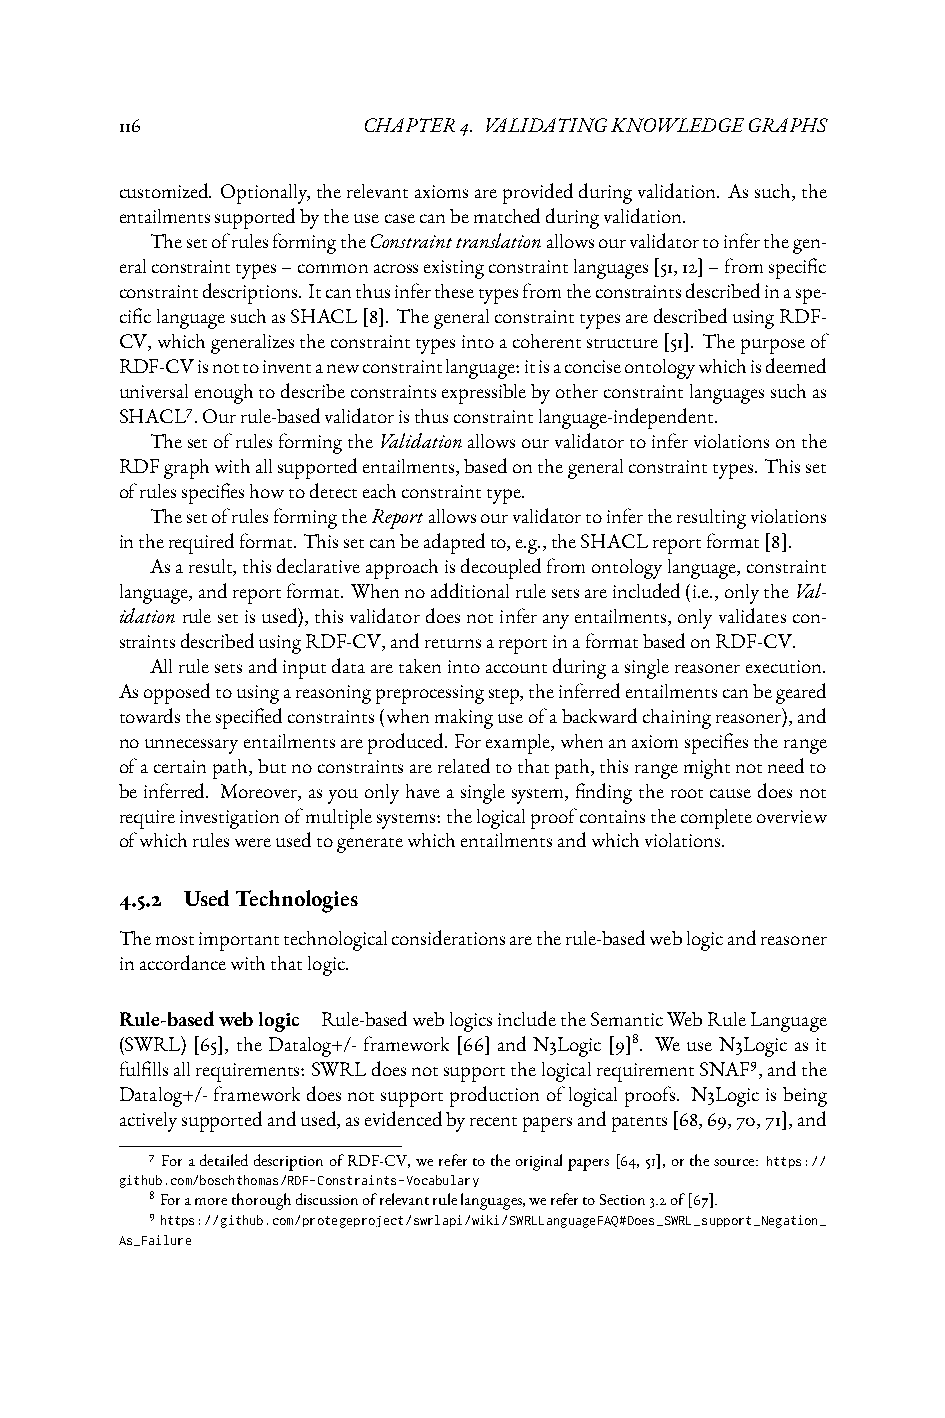
116             CHAPTER4. VALIDATINGKNOWLEDGEGRAPHS
 customized. Optionally,therelevantaxiomsareprovidedduringvalidation. Assuch,the
 entailmentssupportedbytheusecasecanbematchedduringvalidation.
 ThesetofrulesformingtheConstrainttranslationallowsourvalidatortoinferthegen-
 eralconstrainttypes–commonacrossexistingconstraintlanguages[51,12]–fromspecific
 constraintdescriptions.Itcanthusinferthesetypesfromtheconstraintsdescribedinaspe-
 cificlanguagesuchasSHACL[8].ThegeneralconstrainttypesaredescribedusingRDF-
 CV,whichgeneralizestheconstrainttypesintoacoherentstructure[51]. Thepurposeof
 RDF-CVisnottoinventanewconstraintlanguage:itisaconciseontologywhichisdeemed
 universalenoughtodescribeconstraintsexpressiblebyotherconstraintlanguagessuchas
 SHACL7.Ourrule-basedvalidatoristhusconstraintlanguage-independent.
 ThesetofrulesformingtheValidationallowsourvalidatortoinferviolationsonthe
 RDFgraphwithallsupportedentailments,basedonthegeneralconstrainttypes.Thisset
 ofrulesspecifieshowtodetecteachconstrainttype.
 ThesetofrulesformingtheReportallowsourvalidatortoinfertheresultingviolations
 intherequiredformat.Thissetcanbeadaptedto,e.g.,theSHACLreportformat[8].
 Asaresult,thisdeclarativeapproachisdecoupledfromontologylanguage,constraint
 language,andreportformat.Whennoadditionalrulesetsareincluded(i.e.,onlytheVal-
 idationrulesetisused),thisvalidatordoesnotinferanyentailments,onlyvalidatescon-
 straintsdescribedusingRDF-CV,andreturnsareportinaformatbasedonRDF-CV.
 Allrulesetsandinputdataaretakenintoaccountduringasinglereasonerexecution.
 Asopposedtousingareasoningpreprocessingstep,theinferredentailmentscanbegeared
 towardsthespecifiedconstraints(whenmakinguseofabackwardchainingreasoner),and
 nounnecessaryentailmentsareproduced.Forexample,whenanaxiomspecifiestherange
 ofacertainpath,butnoconstraintsarerelatedtothatpath,thisrangemightnotneedto
 beinferred. Moreover,asyouonlyhaveasinglesystem,findingtherootcausedoesnot
 requireinvestigationofmultiplesystems:thelogicalproofcontainsthecompleteoverview
 ofwhichruleswereusedtogeneratewhichentailmentsandwhichviolations.
 4.5.2 UsedTechnologies
 Themostimportanttechnologicalconsiderationsaretherule-basedweblogicandreasoner
 inaccordancewiththatlogic.
 Rule-basedweblogic Rule-basedweblogicsincludetheSemanticWebRuleLanguage
 (SWRL)[65], theDatalog+/-framework[66]andN3Logic[9]8. WeuseN3Logicasit
 fulfillsallrequirements:SWRLdoesnotsupportthelogicalrequirementSNAF9,andthe
 Datalog+/-frameworkdoesnotsupportproductionoflogicalproofs. N3Logicisbeing
 activelysupportedandused,asevidencedbyrecentpapersandpatents[68,69,70,71],and
 7ForadetaileddescriptionofRDF-CV,werefertotheoriginalpapers[64,51],orthesource: https://
 github.com/boschthomas/RDF-Constraints-Vocabulary
 8Foramorethoroughdiscussionofrelevantrulelanguages,werefertoSection3.2of[67].
 9https://github.com/protegeproject/swrlapi/wiki/SWRLLanguageFAQ#Does_SWRL_support_Negation_
 As_Failure